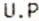
U.P